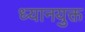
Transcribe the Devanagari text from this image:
ध्‍यानयुक्त